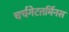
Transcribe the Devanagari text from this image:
चर्चगेटतर्मिनस